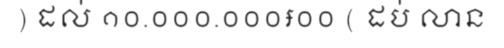
) ដល់ ១០.០០០.០០០៛០០ ( ដប់ លាន